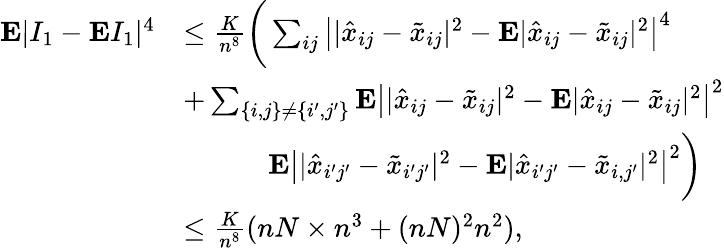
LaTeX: \begin{array}{rl}{{\mathbf E}\vert I_{1}-{\mathbf E}I_{1}\vert^{4}}&{\leq\frac K{n^{8}}\bigg(\sum_{ij}\left\vert\vert\hat{x}_{ij}-\tilde{x}_{ij}\vert^{2}-{\mathbf E}\vert\hat{x}_{ij}-\tilde{x}_{ij}\vert^{2}\right\vert^{4}}\\ &{+\sum_{\{ i,j\} \neq\{ i^{\prime},j^{\prime}\} }{\mathbf E}\left\vert\vert\hat{x}_{ij}-\tilde{x}_{ij}\vert^{2}-{\mathbf E}\vert\hat{x}_{ij}-\tilde{x}_{ij}\vert^{2}\right\vert^{2}}\\ &{\quad\quad\quad{\mathbf E}\left\vert\vert\hat{x}_{i^{\prime}j^{\prime}}-\tilde{x}_{i^{\prime}j^{\prime}}\vert^{2}-{\mathbf E}\vert\hat{x}_{i^{\prime}j^{\prime}}-\tilde{x}_{i,j^{\prime}}\vert^{2}\right\vert^{2}\bigg)}\\ &{\le\frac K{n^{8}}(nN\times n^{3}+(nN)^{2}n^{2}),}\end{array}